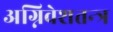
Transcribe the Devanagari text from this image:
अग्निवेशतन्त्र